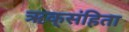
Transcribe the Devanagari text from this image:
ऋक्‌संहिता